Civil Veterinary Dept. Assam report 1911-1927 - 1911-1927
Year: 1911
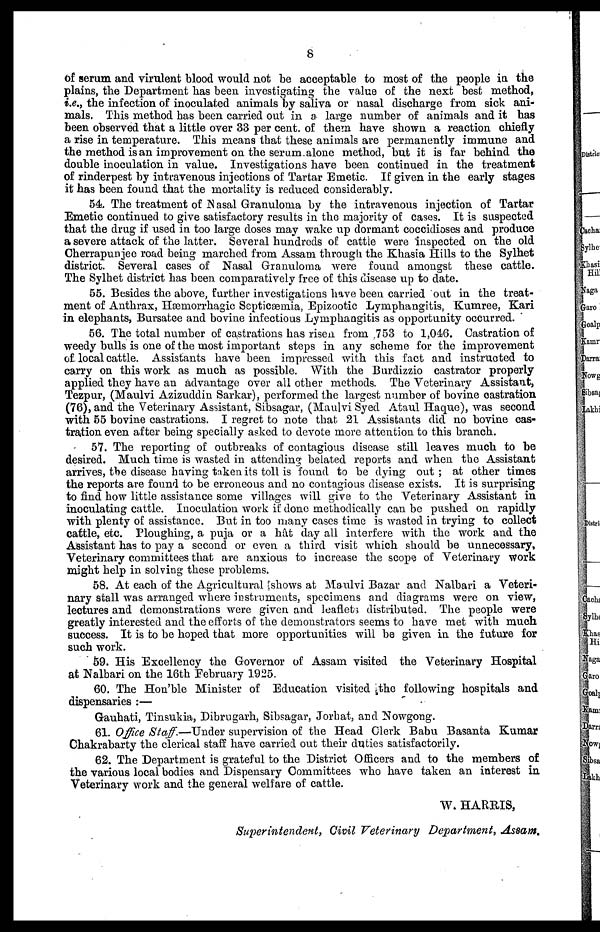
8
of serum and virulent blood would not be acceptable to most of the people in the
plains, the Department has been investigating the value of the next best method,
i.e., the infection of inoculated animals by saliva or nasal discharge from sick ani-
mals. This method has been carried out in a large number of animals and it has
been observed that a little over 33 per cent. of them have shown a reaction chiefly
a rise in temperature. This means that these animals are permanently immune and
the method is an improvement on the serum alone method, but it is far behind the
double inoculation in value. Investigations have been continued in the treatment
of rinderpest by intravenous injections of Tartar Emetic. If given in the early stages
it has been found that the mortality is reduced considerably.
54 The treatment of Nasal Granuloma by the intravenous injection of Tartar
Emetic continued to give satisfactory results in the majority of cases. It is suspected
that the drug if used in too large doses may wake up dormant coccidioses and produce
a severe attack of the latter. Several hundreds of cattle were inspected on the old
Cherrapunjee road being marched from Assam through the Khasia Hills to the Sylhet
district. Several cases of Nasal Granuloma were found amongst these cattle.
The Sylhet district has been comparatively free of this disease up to date.
55. Besides the above, further investigations have been carried out in the treat-
ment of Anthrax, Hæmorrhagic Septicæmia, Epizootic Lymphangitis, Kumree, Kari
in elephants, Bursatee and bovine infectious Lymphangitis as opportunity occurred.
56. The total number of castrations has risen from 753 to 1,046. Castration of
weedy bulls is one of the most important steps in any scheme for the improvement
of local cattle. Assistants have been impressed with this fact and instructed to
carry on this work as much as possible. With the Burdizzio castrator properly
applied they have an advantage over all other methods. The Veterinary Assistant,
Tezpur, (Maulvi Azizuddin Sarkar), performed the largest number of bovine castration
(76), and the Veterinary Assistant, Sibsagar, (Maulvi Syed Ataul Haque), was second
with 55 bovine castrations. I regret to note that 21 Assistants did no bovine cas-
tration even after being specially asked to devote more attention to this branch.
57. The reporting of outbreaks of contagious disease still leaves much to be
desired. Much time is wasted in attending belated reports and when the Assistant
arrives, the disease having taken its toll is found to be dying out ; at other times
the reports are found to be erroneous and no contagious disease exists. It is surprising
to find how little assistance some villages will give to the Veterinary Assistant in
inoculating cattle. Inoculation work if done methodically can be pushed on rapidly
with plenty of assistance. But in too many cases time is wasted in trying to collect
cattle, etc. Ploughing, a puja or a hât day all interfere with the work and the
Assistant has to pay a second or even a third visit which should be unnecessary,
Veterinary committees that are anxious to increase the scope of Veterinary work
might help in solving these problems.
58. At each of the Agricultural shows at Maulvi Bazar and Nalbari a Veteri-
nary stall was arranged where instruments, specimens and diagrams were on view,
lectures and demonstrations were given and leaflets distributed. The people were
greatly interested and the efforts of the demonstrators seems to have met with much
success. It is to be hoped that more opportunities will be given in the future for
such work.
59. His Excellency the Governor of Assam visited the Veterinary Hospital
at Nalbari on the 16th February 1925.
60. The Hon'ble Minister of Education visited the following hospitals and
dispensaries :—
Gauhati, Tinsukia, Dibrugarh, Sibsagar, Jorhat, and Nowgong.
61. Office Staff.—Under supervision of the Head Clerk Babu Basanta Kumar
Chakrabarty the clerical staff have carried out their duties satisfactorily.
62. The Department is grateful to the District Officers and to the members of
the various local bodies and Dispensary Committees who have taken an interest in
Veterinary work and the general welfare of cattle.
W. HARRIS,
Superintendent, Civil Veterinary Department, Assam.